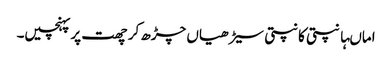
اماںہانپتی کانپتی سیڑھیاں چڑھ کر چھت پر پہنچیں۔